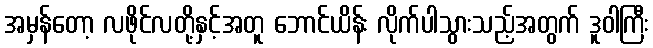
အမှန်တော့ လဖိုင်လတို့နှင့်အတူ ဘောင်ယိန်း လိုက်ပါသွားသည့်အတွက် ဒူဝါကြီး